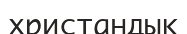
христандық